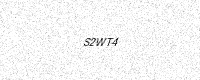
Text: S2WT4